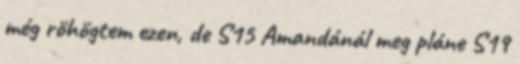
még röhögtem ezen, de S15 Amandánál meg pláne S19